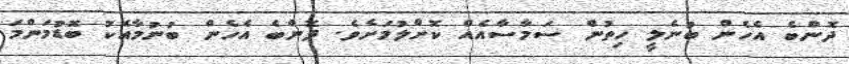
ދޮންބެ އެހެން ބުނެލީ ހިތުން ސަމާސާއެއް ކޮށްލުމަށެވެ. ދޮންބެ އެހެން ބުނުމާއެކު ބޮޑުމަންމަ